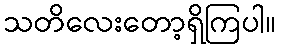
သတိလေးတော့ရှိကြပါ။